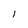
Character: l